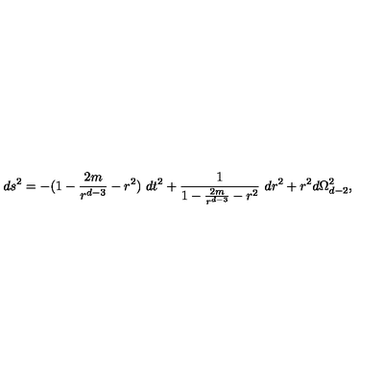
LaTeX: d s ^ { 2 } = - ( 1 - \frac { 2 m } { r ^ { d - 3 } } - r ^ { 2 } ) \ d t ^ { 2 } + \frac { 1 } { 1 - \frac { 2 m } { r ^ { d - 3 } } - r ^ { 2 } } \ d r ^ { 2 } + r ^ { 2 } d \Omega _ { d - 2 } ^ { 2 } ,